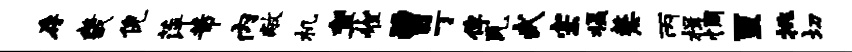
存畿倪萍芾内敝机郁兀唯曾丁俾瓦武宗摄嫠丙楫惆亘挑切